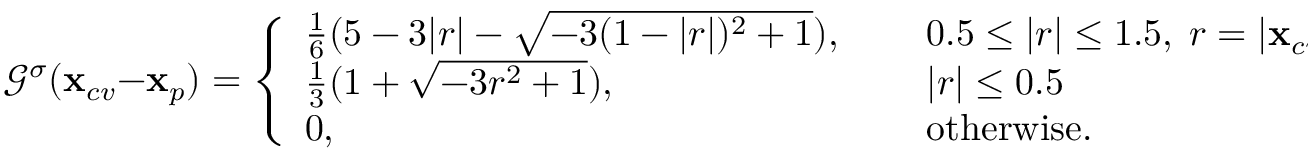
{ \mathcal G } ^ { \sigma } ( \mathbf { x } _ { c v } - \mathbf { x } _ { p } ) = \left\{ \begin{array} { l l } { \frac { 1 } { 6 } ( 5 - 3 | r | - \sqrt { - 3 ( 1 - | r | ) ^ { 2 } + 1 } ) , } & { ~ ~ ~ ~ 0 . 5 \leq | r | \leq 1 . 5 , \; r = | \mathbf { x } _ { c v } - \mathbf { x } _ { p } | / { \Delta } } \\ { \frac { 1 } { 3 } ( 1 + \sqrt { - 3 r ^ { 2 } + 1 } ) , } & { ~ ~ ~ ~ | r | \leq 0 . 5 } \\ { 0 , } & { ~ ~ ~ ~ \mathrm { o t h e r w i s e . } } \end{array} \right.